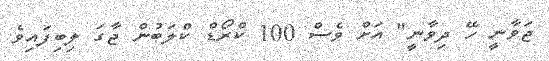
ޖަވާނީ ހޭ ދިވާނީ" އަށް ވެސް 100 ކްރޯޑް ކްލަބުން ޖާގަ ލިބިފައިވެ